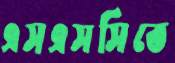
এসএসসিতে